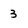
Character: 3